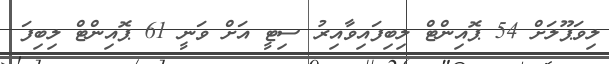
ލިވަޕޫލަށް 54 ޕޮއިންޓް ލިބިފައިވާއިރު ސިޓީ އަށް ވަނީ 61 ޕޮއިންޓް ލިބިފަ